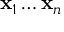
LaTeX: \mathbf { x } _ { 1 } \ldots \mathbf { x } _ { n }